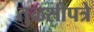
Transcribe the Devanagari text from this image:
तुळसीपत्रे